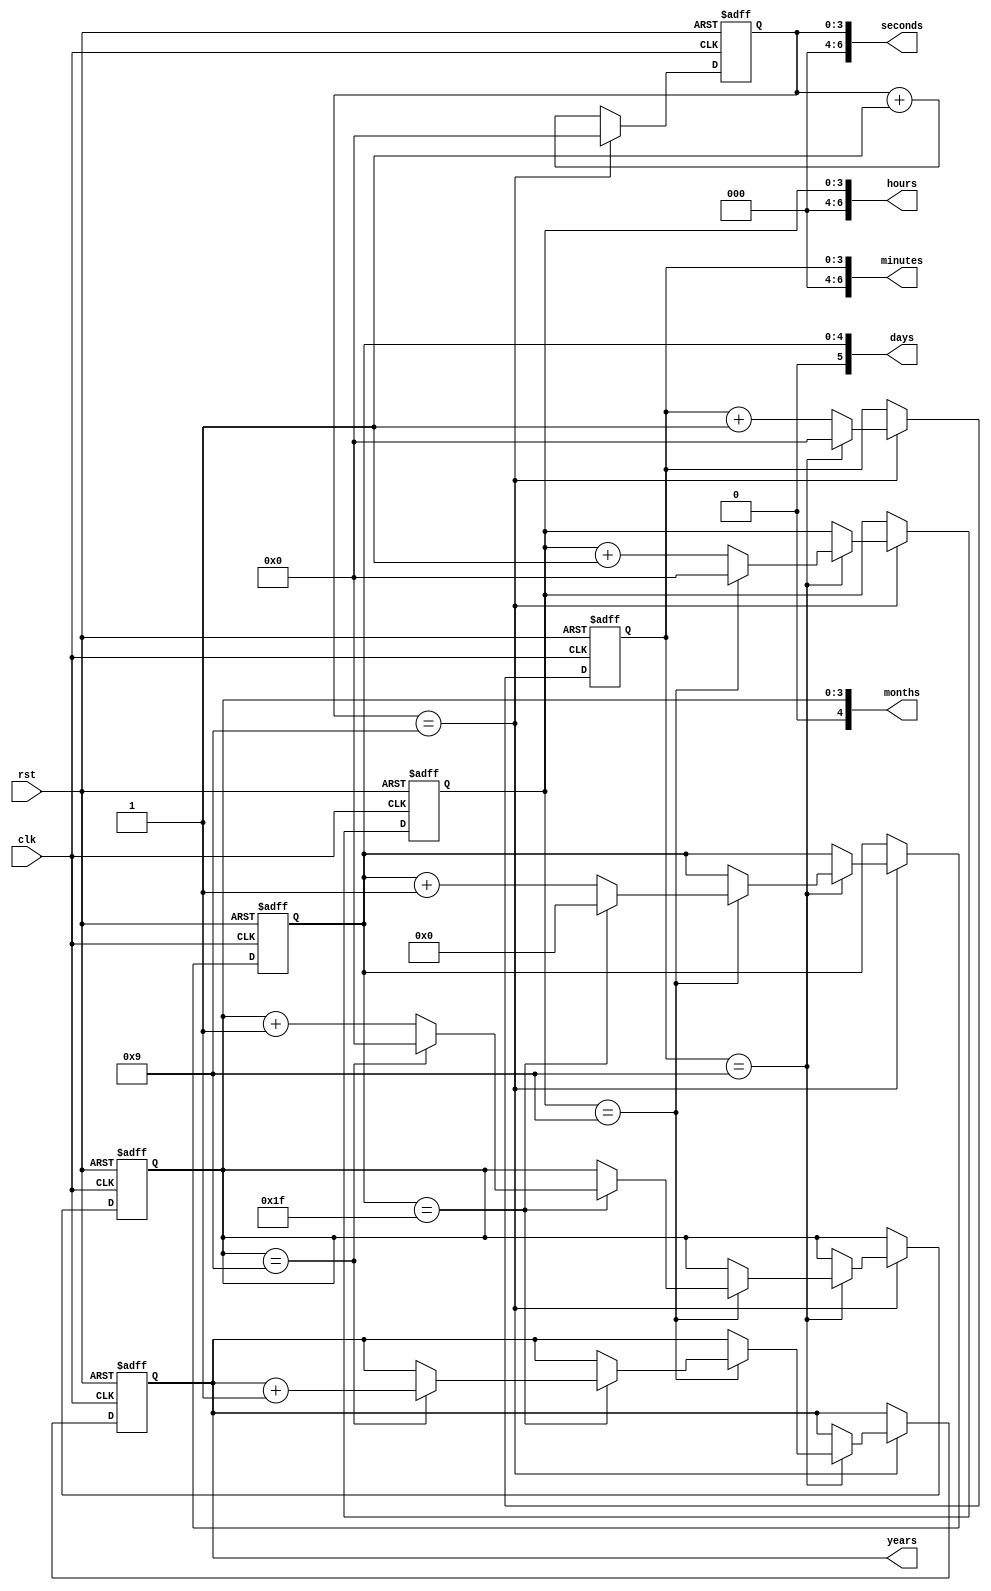
module rtc_timer (
    input wire clk,         // external clock source
    input wire rst,         // reset input for synchronization
    output reg [6:0] seconds,
    output reg [6:0] minutes,
    output reg [6:0] hours,
    output reg [5:0] days,
    output reg [4:0] months,
    output reg [11:0] years
);

reg [3:0] second_count;
reg [3:0] minute_count;
reg [3:0] hour_count;
reg [4:0] day_count;
reg [3:0] month_count;
reg [11:0] year_count;

always @(posedge clk or posedge rst) begin
    if (rst) begin
        second_count <= 4'b0;
        minute_count <= 4'b0;
        hour_count <= 4'b0;
        day_count <= 5'b0;
        month_count <= 4'b0;
        year_count <= 12'b0;
    end else begin
        second_count <= second_count + 1;
        if (second_count == 4'b1001) begin
            second_count <= 4'b0;
            minute_count <= minute_count + 1;
            if (minute_count == 4'b1001) begin
                minute_count <= 4'b0;
                hour_count <= hour_count + 1;
                if (hour_count == 4'b1001) begin
                    hour_count <= 4'b0;
                    day_count <= day_count + 1;
                    if (day_count == 5'b11111) begin
                        day_count <= 5'b0;
                        month_count <= month_count + 1;
                        if (month_count == 4'b1001) begin
                            month_count <= 4'b0;
                            year_count <= year_count + 1;
                        end
                    end
                end
            end
        end
    end
end

assign seconds = second_count;
assign minutes = minute_count;
assign hours = hour_count;
assign days = day_count;
assign months = month_count;
assign years = year_count;

endmodule